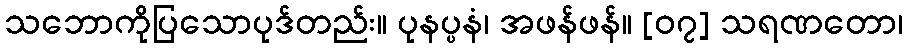
သဘောကိုပြသောပုဒ်တည်း။ ပုနပ္ပနံ၊ အဖန်ဖန်။ [၀၇] သရဏတော၊